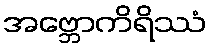
အဗ္ဘောကိရိဿံ